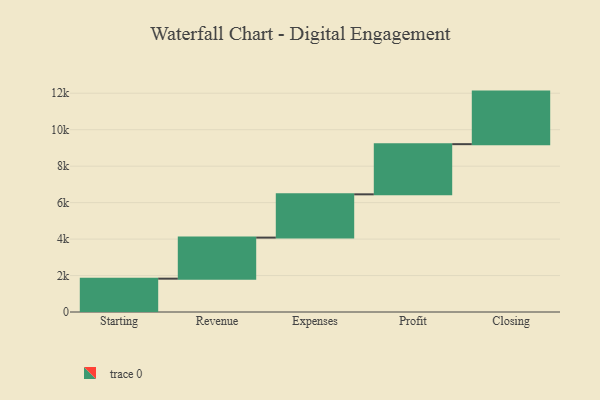
{"axis": {"x": "Step", "y": "Value"}, "legend": [""], "data": [{"x": "Starting", "y": 1829.0, "type": ""}, {"x": "Revenue", "y": 2252.0, "type": ""}, {"x": "Expenses", "y": 2374.0, "type": ""}, {"x": "Profit", "y": 2752.0, "type": ""}, {"x": "Closing", "y": 2883.0, "type": ""}]}